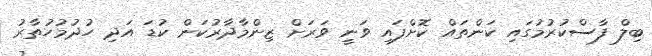
ބިލް ފާސްކުރުމުގައި ކަންތައް ކޮށްފައި ވަނީ ވަރަށް ޒިންމާދާރުކަން ކުޑަ އަދި ހުދުމުހުތާރު